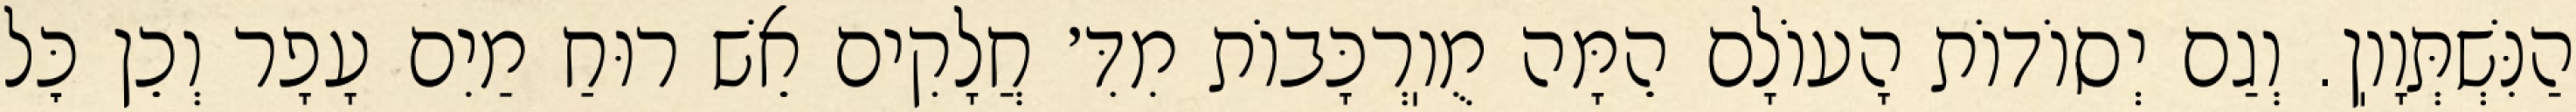
הַנִּשְׁתְּוָוֽן. וְגַם יְסוֹדוֹת הָעוֹלָם הֵמָּה מֻוֽרְכָּבוֹת מִדִּ׳ חֲלָקִים אֵשׁ רוּחַ מַיִם עָפָר וְכֵן כׇּל